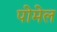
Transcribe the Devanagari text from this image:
पोमेल